Tezpur Lunatic Asylum reports 1895-1904 - 1895-1904
Year: 1895
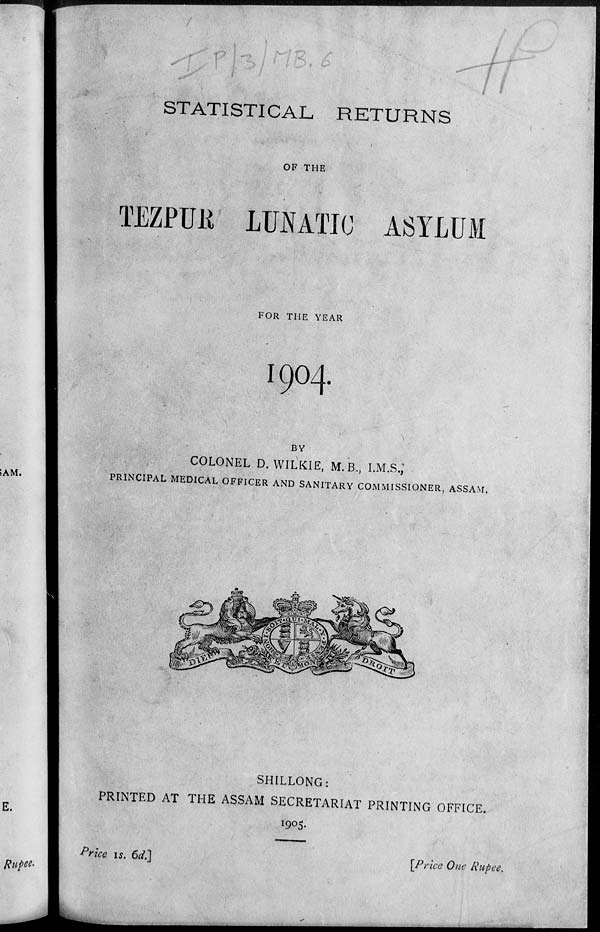
STATISTICAL RETURNS
OF THE
TEZPUK LUNATIC ASYLUM
FOR THE YEAR
I9O4.
BY
;AM.
COLONEL D. WILKIE, M. B,, I.M.S.;
PRINCIPAL MEDICAL OFFICER AND SANITARY COMMISSIONER, ASSAM.
E.
SHILLONG:
PRINTED AT THE ASSAM SECRETARIAT PRINTING OFFICE.
1905.
Rupee-
Price is. 6d.]
[Price One Rupee.